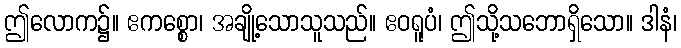
ဤလောက၌။ ဧကစ္စော၊ အချို့သောသူသည်။ ဧဝရူပံ၊ ဤသို့သဘောရှိသော။ ဒါနံ၊